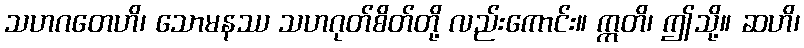
သဟဂတေဟိ၊ သောမနဿ သဟဂုတ်စိတ်တို့ လည်းကောင်း။ ဣတိ၊ ဤသို့။ ဆဟိ၊